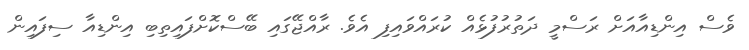
ވެސް އިންޑިއާއަށް ރަސްމީ ދަތުރުފުޅެއް ކުރައްވައިފި އެވެ. ރާއްޖޭގައި ބޭސްކޮށްފައިތިބި އިންޑިއާ ސިފައިން